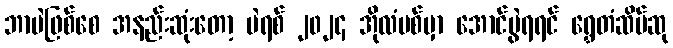
ဘာပဲဖြစ်စေ အနည်းဆုံးတော့ ပဲရစ် ၂၀၂၄ အိုလံပစ်မှာ အောင်ပွဲရရင် ရွှေတံဆိပ်ဆု